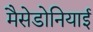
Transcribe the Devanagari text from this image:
मैसेडोनियाई